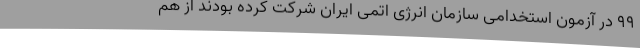
۹۹ در آزمون استخدامی سازمان انرژی اتمی ایران شرکت کرده بودند از هم